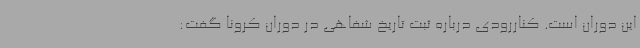
این دوران است. کناررودی درباره ثبت تاریخ شفاهی در دوران کرونا گفت: